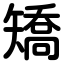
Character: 矯